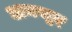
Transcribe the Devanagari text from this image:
अमसुङ्